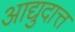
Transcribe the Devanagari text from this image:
आद्युदात्त